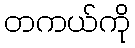
တကယ်ကို